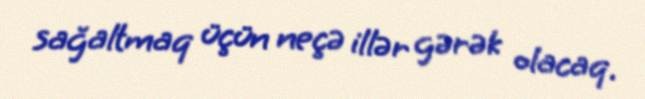
sağaltmaq üçün neçə illər gərək olacaq.